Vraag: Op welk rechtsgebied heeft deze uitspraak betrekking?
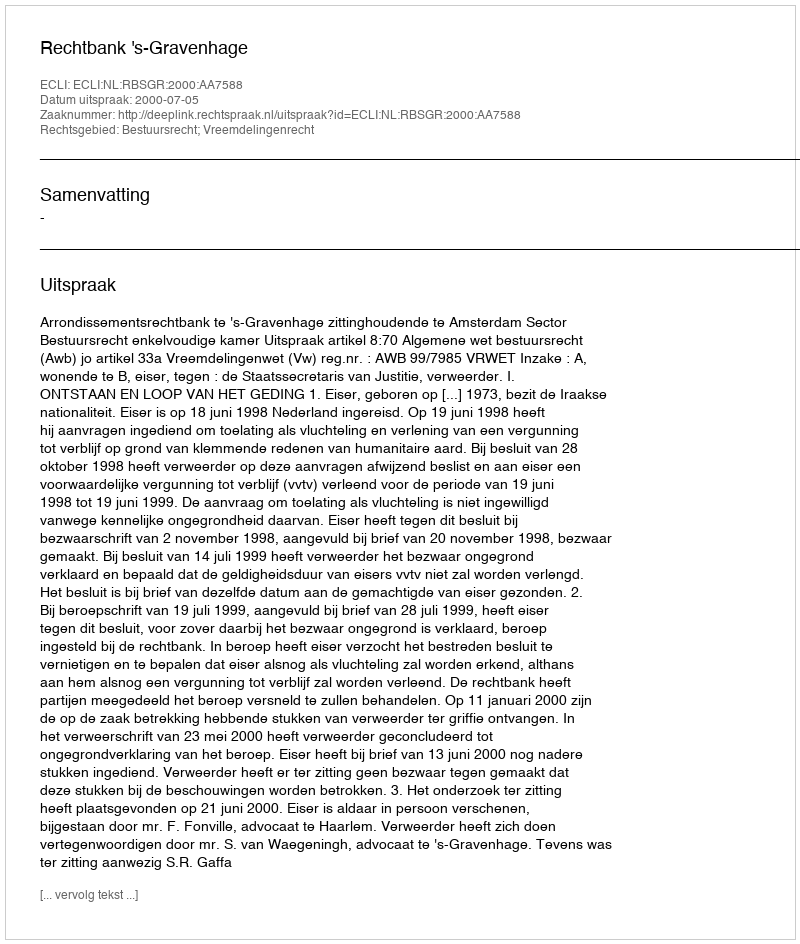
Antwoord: Bestuursrecht; Vreemdelingenrecht